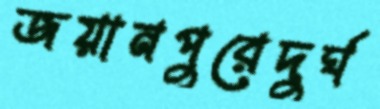
জয়ানপুরেদুর্ঘ